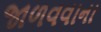
જાળવવાના